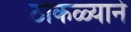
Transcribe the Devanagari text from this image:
ठोकळ्याने